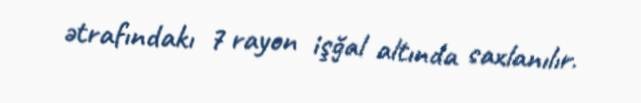
ətrafındakı 7 rayon işğal altında saxlanılır.